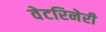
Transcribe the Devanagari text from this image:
वेटरिनेरी